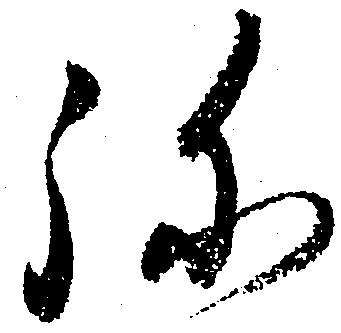
弥